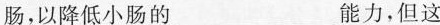
肠，以降低小肠的___能力，但这